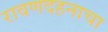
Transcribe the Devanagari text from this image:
रावणदहनाचा